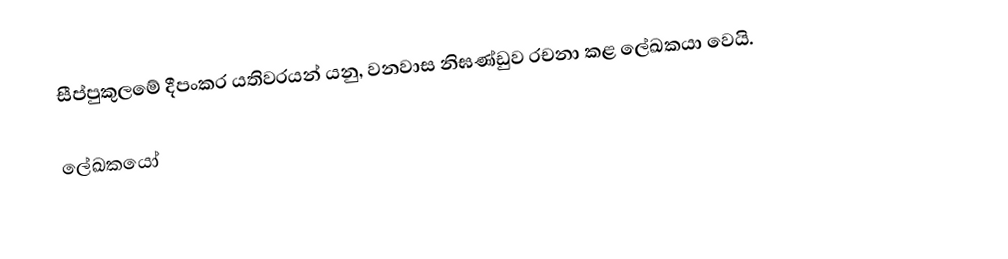
සීප්පුකුලමේ දීපංකර යතිවරයන් යනු, වනවාස නිඝණ්ඩුව රචනා කළ ලේඛකයා වෙයි.

ලේඛකයෝ